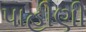
પાહીણી